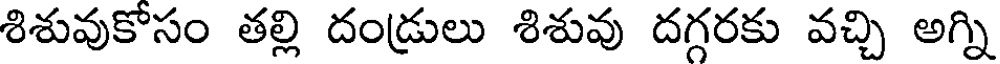
శిశువుకోసం తల్లి దండ్రులు శిశువు దగ్గరకు వచ్చి అగ్ని